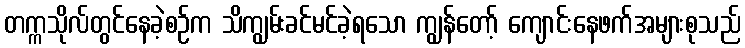
တက္ကသိုလ်တွင်နေခဲ့စဉ်က သိကျွမ်းခင်မင်ခဲ့ရသော ကျွန်တော့် ကျောင်းနေဖက်အများစုသည်